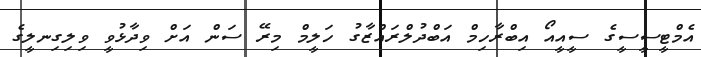
އެމްޓީސީސީގެ ސީއީއޯ އިބްރާހިމް އަބްދުލްރައްޒާގު ހަލީމް މިރޭ ސަން އަށް ވިދާޅުވީ ވިލިގިނލީގެ